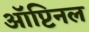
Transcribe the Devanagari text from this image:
ऑप्टिनल